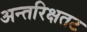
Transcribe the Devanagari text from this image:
अन्तरिक्षतट